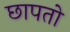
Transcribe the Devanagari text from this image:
छापतो